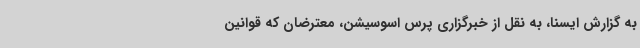
به گزارش ایسنا، به نقل از خبرگزاری پرس اسوسیشن، معترضان که قوانین